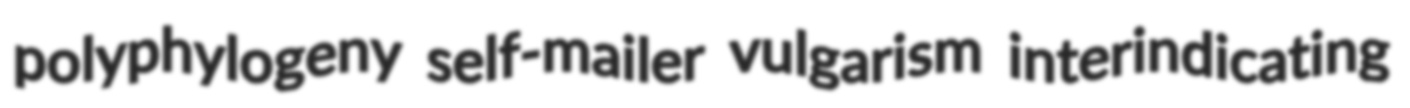
polyphylogeny self-mailer vulgarism interindicating